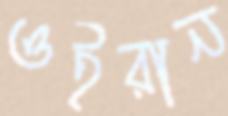
ওইরান